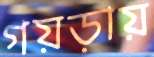
গয়ড়ায়